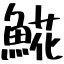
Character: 𩸽